system: You are a helpful assistant.
user:
Analyze the provided spectrum to determine if it is a **S-type Star**.

- **Key Indicators for S-type Star:**

    - **(Overall Spectrum Shape):** The first and most obvious characteristic is the overall continuum (the "baseline" shape). It is **extremely "red-sloping,"** meaning the flux (light intensity) is very low on the left side (blue, ~4000-4500 Å) and rises steeply and continuously toward the right side (red, ~7000 Å+).

    - **(Primary):** The spectrum is defined by the presence of strong, broad molecular absorption "valleys" (bands) from **Zirconium Oxide (ZrO)**. The identification of these bands is the **primary requirement** for classifying a star as S-type.
        - **(Key Bandheads):** You must find distinct, deep "dips" where the light has been absorbed. The most critical band systems to locate are:
            - **~6474 Å** ($\gamma$-system): This is often the strongest and clearest ZrO feature, found in the red part of the spectrum.
            - **~5718 Å** & **~5551 Å** ($\beta$-system): A pair of prominent absorption features in the yellow-orange part of the spectrum.
            - **~4640 Å** ($\alpha$-system): A key absorption band system in the blue-green region of the spectrum.

    - **(Secondary Confirmation):** The classification is strengthened by finding additional absorption bands from other related heavy element oxides, which are expected to be present alongside ZrO.
        - **(Key Bandheads):**
            - **Yttrium Oxide (YO):** Look for absorption dips near **~4800 Å** and **~6100 Å**.
            - **Lanthanum Oxide (LaO):** Additional absorption features, particularly in the red-orange part of the spectrum, are also characteristic.

    - **(Line Profile):** The combination of the steep red continuum and these numerous, deep molecular bands (ZrO, YO, etc.) gives the entire spectrum a very **"chopped-up"** or **"bumpy"** appearance. Instead of a smooth curve, the spectrum looks as though large, wide chunks of light have been "carved out" of it at the specific wavelengths listed above.

Think first, call **spectral_visualization_tool** if needed to examine features in detail, then provide your final answer. Your response must adhere to the following strict rules:
1.  **Overall Structure:** Your response must follow the format `<think>...</think> <tool_call>...</tool_call> (if a tool is used) <answer>...</answer>`.
2.  **Tool Usage Constraint:** You may only make **one** tool call per turn.
3.  **Final Answer Format:** In the `<answer>` tag, your conclusion must be inside a `\boxed{}` command (e.g., `\boxed{YES}` or `\boxed{NO}`), followed by your justification.

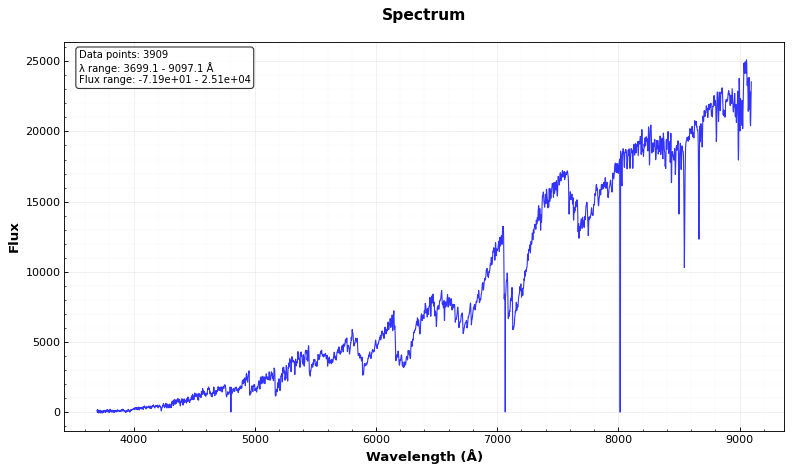
Answer: YES